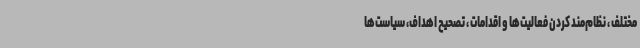
مختلف ، نظام‌مند کردن فعالیت‌ها و اقدامات ، تصحیح اهداف، سیاست‌ها